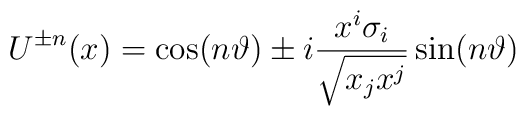
U^{\pm n}(x)=\cos(n\vartheta)\pm i\frac{x^i\sigma_i}{\sqrt{x_j x^j}}\sin(n\vartheta)